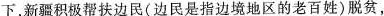
下，新疆积极帮扶边民(边民是指边境地区的老百姓)脱贫，